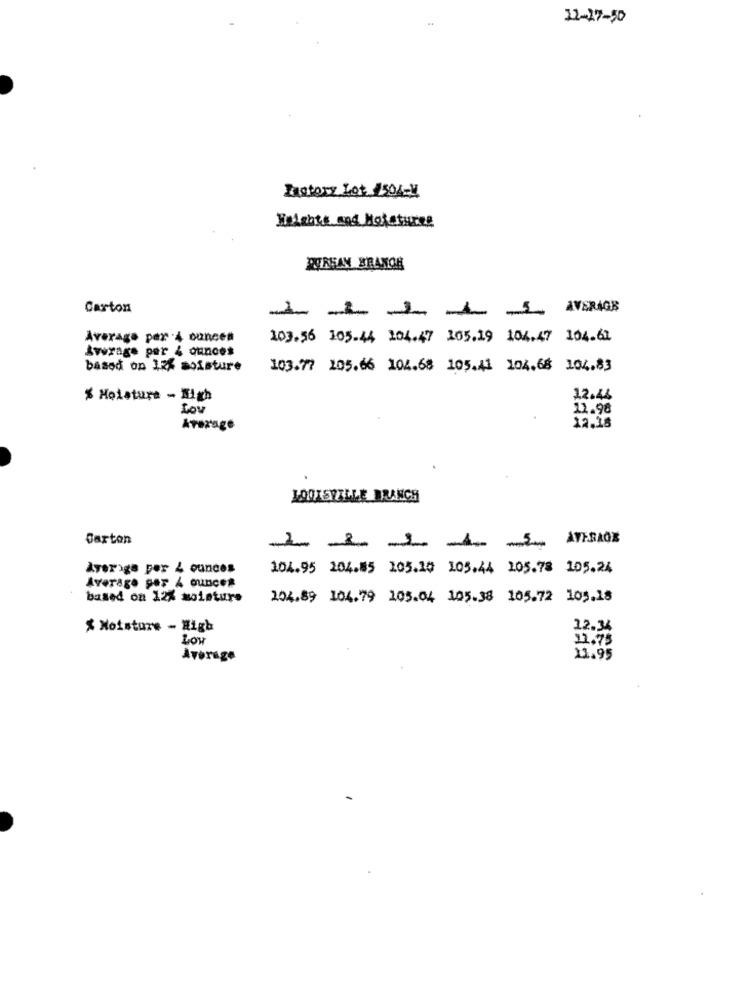
12-27-30
Zastory Lot. 1504-M
Heights and Notatures
PORSAN BRANCH
Carton
I-II-SAVERIO]
Average per 4 ounces
103.56 105.44 104.47 105.19 104.47 104.61
Average per 4 ounces
based on 125 moisture
103.77 105.66 104.68 105.41 104.68 104.83
% Holatura - High
12.44
Lov
11.98
Average
12.38
LOUISVILLE BRANCH
Carton
AVERAGE
Avorige per 4 ounces
104.95 204.85 105.20 105.44 105.78 105.24
Average por 4 ounces
based on 12% moisture
104.89 104.79 105.04 105.38 105.72 105.18
% Moisture - High
12.34
Low
11.75
Average
11.95